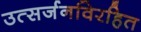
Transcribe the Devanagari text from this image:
उत्सर्जनविरहित